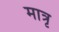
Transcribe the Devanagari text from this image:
मात्रृ